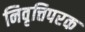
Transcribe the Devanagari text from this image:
निवृत्तिपरक